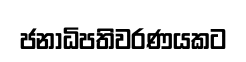
ජනාධිපතිවරණයකට